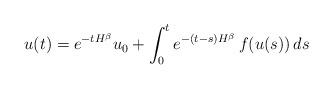
LaTeX: \begin{align*} u(t)=e^{-tH^{\beta}} u_0+\int_0^t e^{-(t-s)H^{\beta}} \, f(u(s)) \, ds\end{align*}